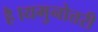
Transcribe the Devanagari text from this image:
है।यमुनोत्तरी